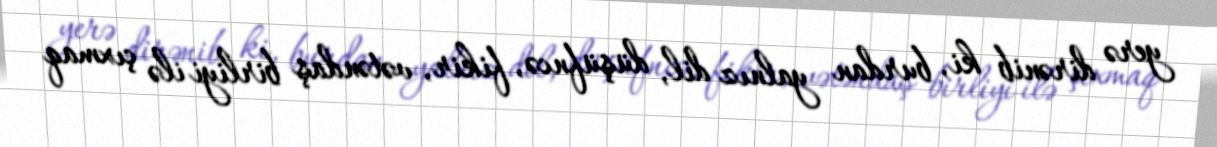
yerə dirənib ki, burdan yalnız dil, düşüfncə, fikir, vətəndaş birliyi ilə çıxmaq